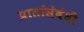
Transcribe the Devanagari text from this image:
प्रातांसंबंधी